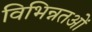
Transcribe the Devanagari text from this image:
विभिन्नतओं